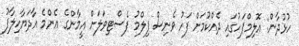
ހުޅުދާން: އޮލިމްޕަހުގައި ދެއްކުމަށް ފަހު ވެނިސް ފިލްމު ފެސްޓިވަލަށް އީމާންގެ އެންމެ އާދަޔާހިލާފު